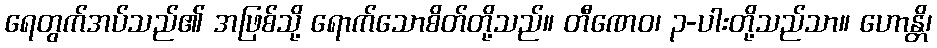
ရေတွက်အပ်သည်၏ အဖြစ်သို့ ရောက်သောစိတ်တို့သည်။ တီဏေဝ၊ ၃-ပါးတို့သည်သာ။ ဟောန္တိ၊